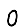
Digit: 0